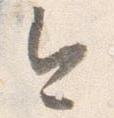
今